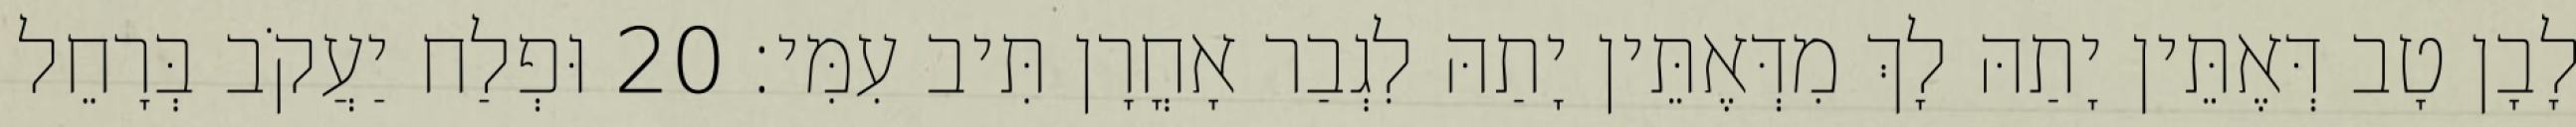
לָבָן טָב דְּאֶתֵּין יָתַהּ לָךְ מִדְּאֶתֵּין יָתַהּ לִגְבַר אָחֳרָן תִּיב עִמִּי׃ 20 וּפְלַח יַעֲקֹב בְּרָחֵל